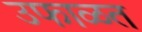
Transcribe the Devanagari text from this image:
उफाळत